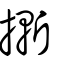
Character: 摲